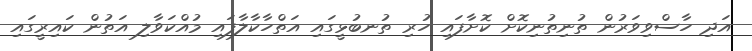
އަދި ހާސްވިވަރުން ތުނިތުނިކޮށް ކޮށާފައި ހުރި ތުނބުޅީގައި އަތްހާކާލާފައި މުއްކަވާލި އަތުން ކައިރީގައި